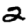
Digit: 2